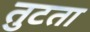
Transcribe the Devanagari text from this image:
तुटता